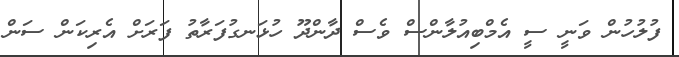
ފުލުހުން ވަނީ ސީ އެމްބިއުލާންސް ވެސް ދާންދޫ ހުޅަނގުފަރާތު ފަރަށް އެރިކަން ސަން